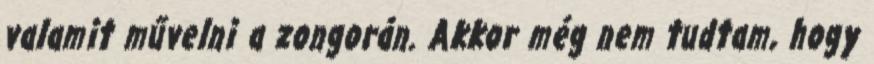
valamit művelni a zongorán. Akkor még nem tudtam, hogy